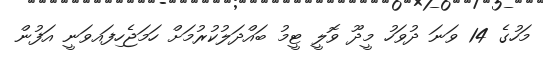
މަހުގެ 14 ވަނަ ދުވަހު މީދޫ ވޮލީ ޓީމު ބައްދަލުކުރުމަށް ހަމަޖެހިފައވަނީ އަފުން